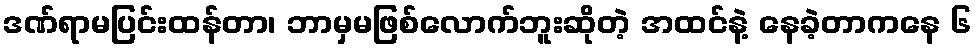
ဒဏ်ရာမပြင်းထန်တာ၊ ဘာမှမဖြစ်လောက်ဘူးဆိုတဲ့ အထင်နဲ့ နေခဲ့တာကနေ ၆